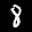
Label: 8